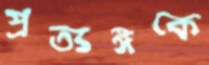
প্রত্যঙ্গকে